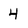
Character: 4